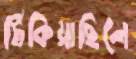
টিকিয়াছিলে